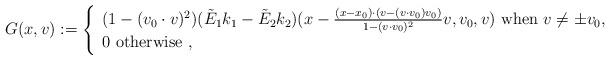
LaTeX: \begin{align*}G(x,v):=\left\lbrace\begin{array}{l}(1-(v_0\cdot v)^2)(\tilde E_1k_1-\tilde E_2 k_2)(x-{(x-x_0)\cdot (v-(v\cdot v_0) v_0)\over 1-(v\cdot v_0)^2} v,v_0,v)\textrm{ when }v\not=\pm v_0,\\0 \textrm{ otherwise },\end{array}\right.\end{align*}